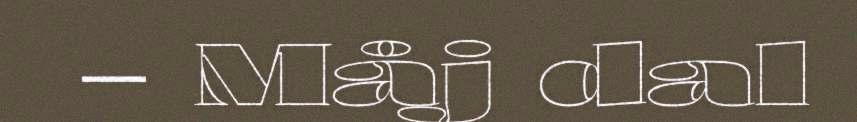
– Måj dal